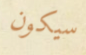
سيكون